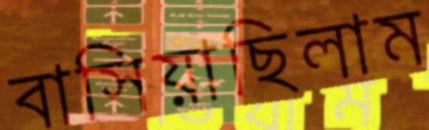
বাসিয়াছিলাম